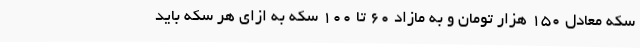
سکه معادل ۱۵۰ هزار تومان و به مازاد ۶۰ تا ۱۰۰ سکه به ازای هر سکه باید